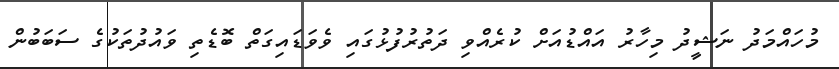
މުހައްމަދު ނަޝީދު މިހާރު އައްޑުއަށް ކުރެއްވި ދަތުރުފުޅުގައި ވެވަޑައިގަތް ބޮޑެތި ވައުދުތަކުގެ ސަބަބުން